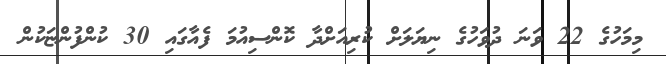
މިމަހުގެ 22 ވަނަ ދުވަހުގެ ނިޔަލަށް ކުރިއަށްދާ ކޮންސިއުމަ ފެއާގައި 30 ކުންފުންޏަކުން